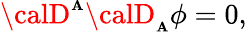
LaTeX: {\calD}^{\scriptscriptstyle\mathbf{A}}{\calD}_{\scriptscriptstyle\mathbf{A}}\phi=0,